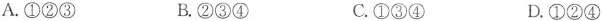
A.①②③ B.②③④ C.①③④ D.①②④